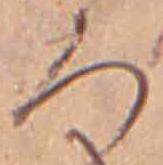
ろ